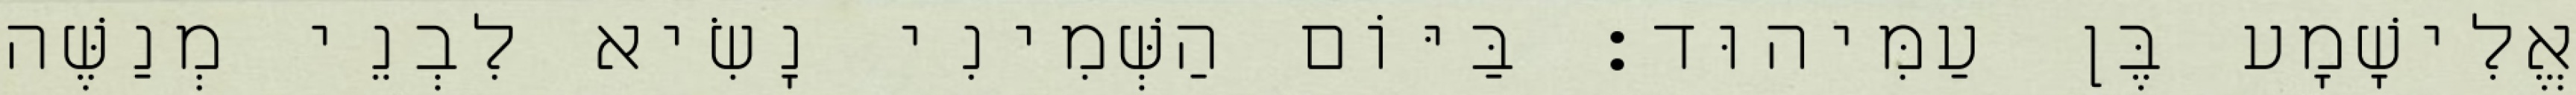
אֱלִישָׁמָע בֶּן עַמִּיהוּד׃ בַּיּוֹם הַשְּׁמִינִי נָשִׂיא לִבְנֵי מְנַשֶּׁה